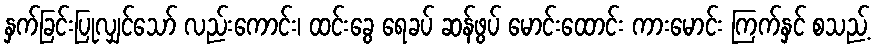
နှက်ခြင်းပြုလျှင်သော် လည်းကောင်း၊ ထင်းခွေ ရေခပ် ဆန်ဖွပ် မောင်းထောင်း ကားမောင်း ကြက်နှင် စသည့်